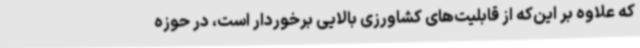
که علاوه بر این‌که از قابلیت‌های کشاورزی بالایی برخوردار است، در حوزه